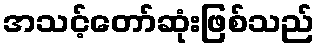
အသင့်တော်ဆုံးဖြစ်သည်